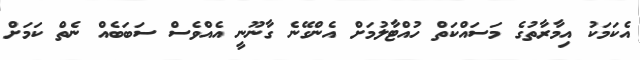
އެކަމަކު އިމާރާތުގެ މަސައްކަތް ހުއްޓާލުމަށް އެންގޭނެ ގާނޫނީ އެއްވެސް ސަބަބެއް ނެތް ކަމަށް